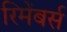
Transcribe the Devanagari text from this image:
रिमेंबर्स